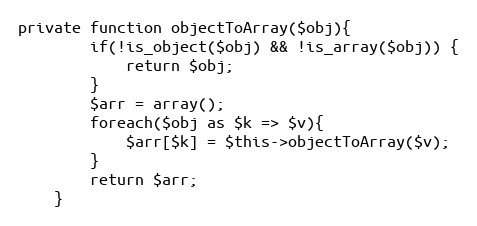
Language: PHP
private function objectToArray($obj){
        if(!is_object($obj) && !is_array($obj)) {
            return $obj;
        }
        $arr = array();
        foreach($obj as $k => $v){
            $arr[$k] = $this->objectToArray($v);
        }
        return $arr;
    }